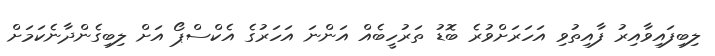
ލިބިފައިވާއިރު ފާއިތުވި އަހަރަށްވުރެ ބޮޑު ތަރުހީބެއް އަންނަ އަހަރުގެ އެކްސްޕޯ އަށް ލިބިގެންދާނެކަމަށް